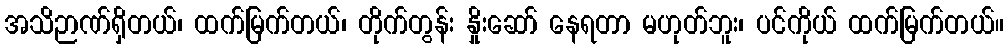
အသိဉာဏ်ရှိတယ်၊ ထက်မြက်တယ်၊ တိုက်တွန်း နှိုးဆော် နေရတာ မဟုတ်ဘူး၊ ပင်ကိုယ် ထက်မြက်တယ်။